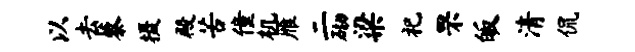
以去藜摄殿苦僮机雁二砌梁祀罘皈清侃